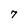
Character: 7